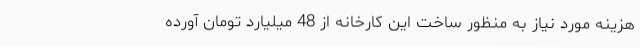
هزینه مورد نیاز به منظور ساخت این کارخانه از 48 میلیارد تومان آورده